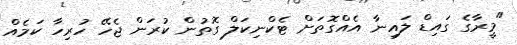
"މީރާގެ ގައިޑް ލައިނާ އެއްގޮތަށް ޓެކްނިކަލް ގޮތުން ކުރަން ޖެހޭ ހުރިހާ ކަމެއް